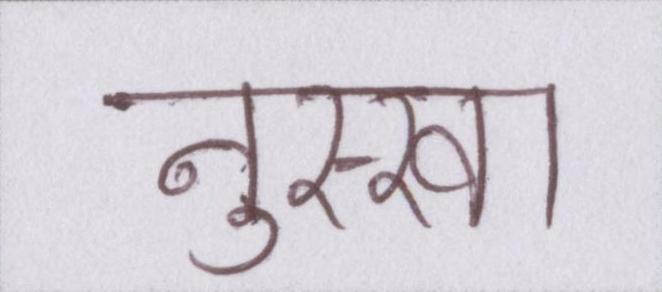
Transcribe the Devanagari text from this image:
नुस्खा